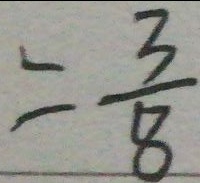
= \frac { 3 } { 8 }